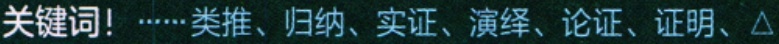
关键词！……类推、归纳、实证、演绎、论证、证明、$\triangle$